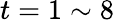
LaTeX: t=1\sim 8